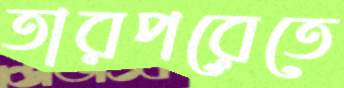
তারপরেতে